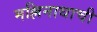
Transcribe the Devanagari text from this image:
मल्लिनाथाची